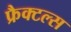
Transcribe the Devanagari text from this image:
फ्रैक्टल्स